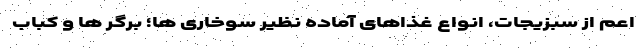
اعم از سبزیجات، انواع غذاهای آماده نظیر سوخاری ها؛ برگر ها و کباب